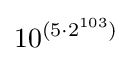
10^{(5\cdot 2^{103})}